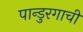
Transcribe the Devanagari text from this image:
पान्डुरगाची